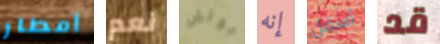
أمطار نعم بوتش إنه أسفل قد